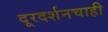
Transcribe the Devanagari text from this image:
दूरदर्शनचाही